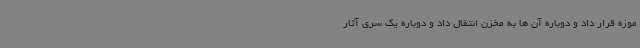
موزه قرار داد و دوباره آن ها به مخزن انتقال داد و دوباره یک سری آثار